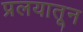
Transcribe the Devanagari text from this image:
प्रलयातून